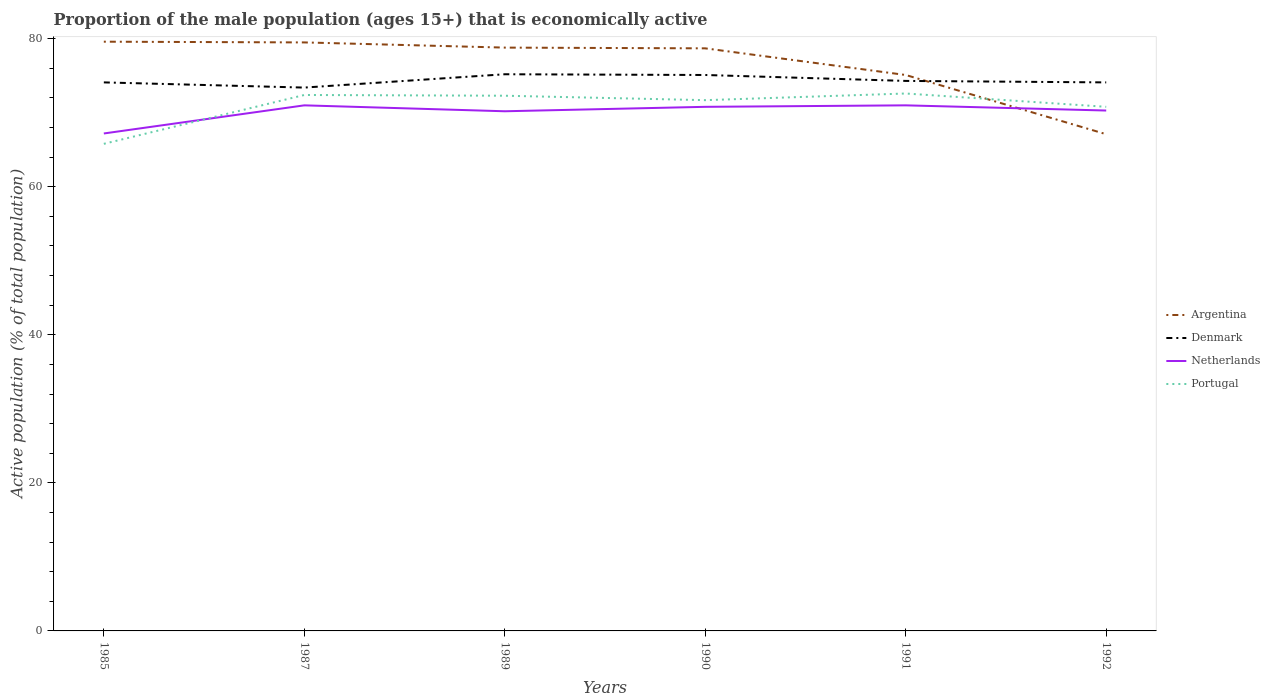
| Years | Argentina | Denmark | Netherlands | Portugal |
 | --- | --- | --- | --- | --- |
 | 1985 | 79.6 | 74.1 | 67.2 | 65.8 |
 | 1987 | 79.5 | 73.4 | 71 | 72.4 |
 | 1989 | 78.8 | 75.2 | 70.2 | 72.3 |
 | 1990 | 78.7 | 75.1 | 70.8 | 71.7 |
 | 1991 | 75.1 | 74.3 | 71 | 72.6 |
 | 1992 | 67.1 | 74.1 | 70.3 | 70.8 |